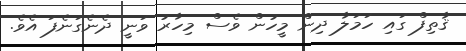
ޤާތިފް ގައި ހަމަލާ ދިން މީހުން ވެސް މިހާރު ވަނީ ދެނެގަނެފަ އެވެ.